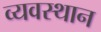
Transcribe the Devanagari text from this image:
व्यवस्थान